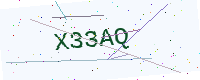
Text: X33AQ